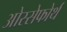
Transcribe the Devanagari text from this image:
ओस्सेफोर्थ